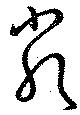
厳